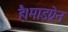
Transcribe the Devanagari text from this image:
है।माइग्रेन